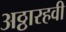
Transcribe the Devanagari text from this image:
अठ्ठारहवी